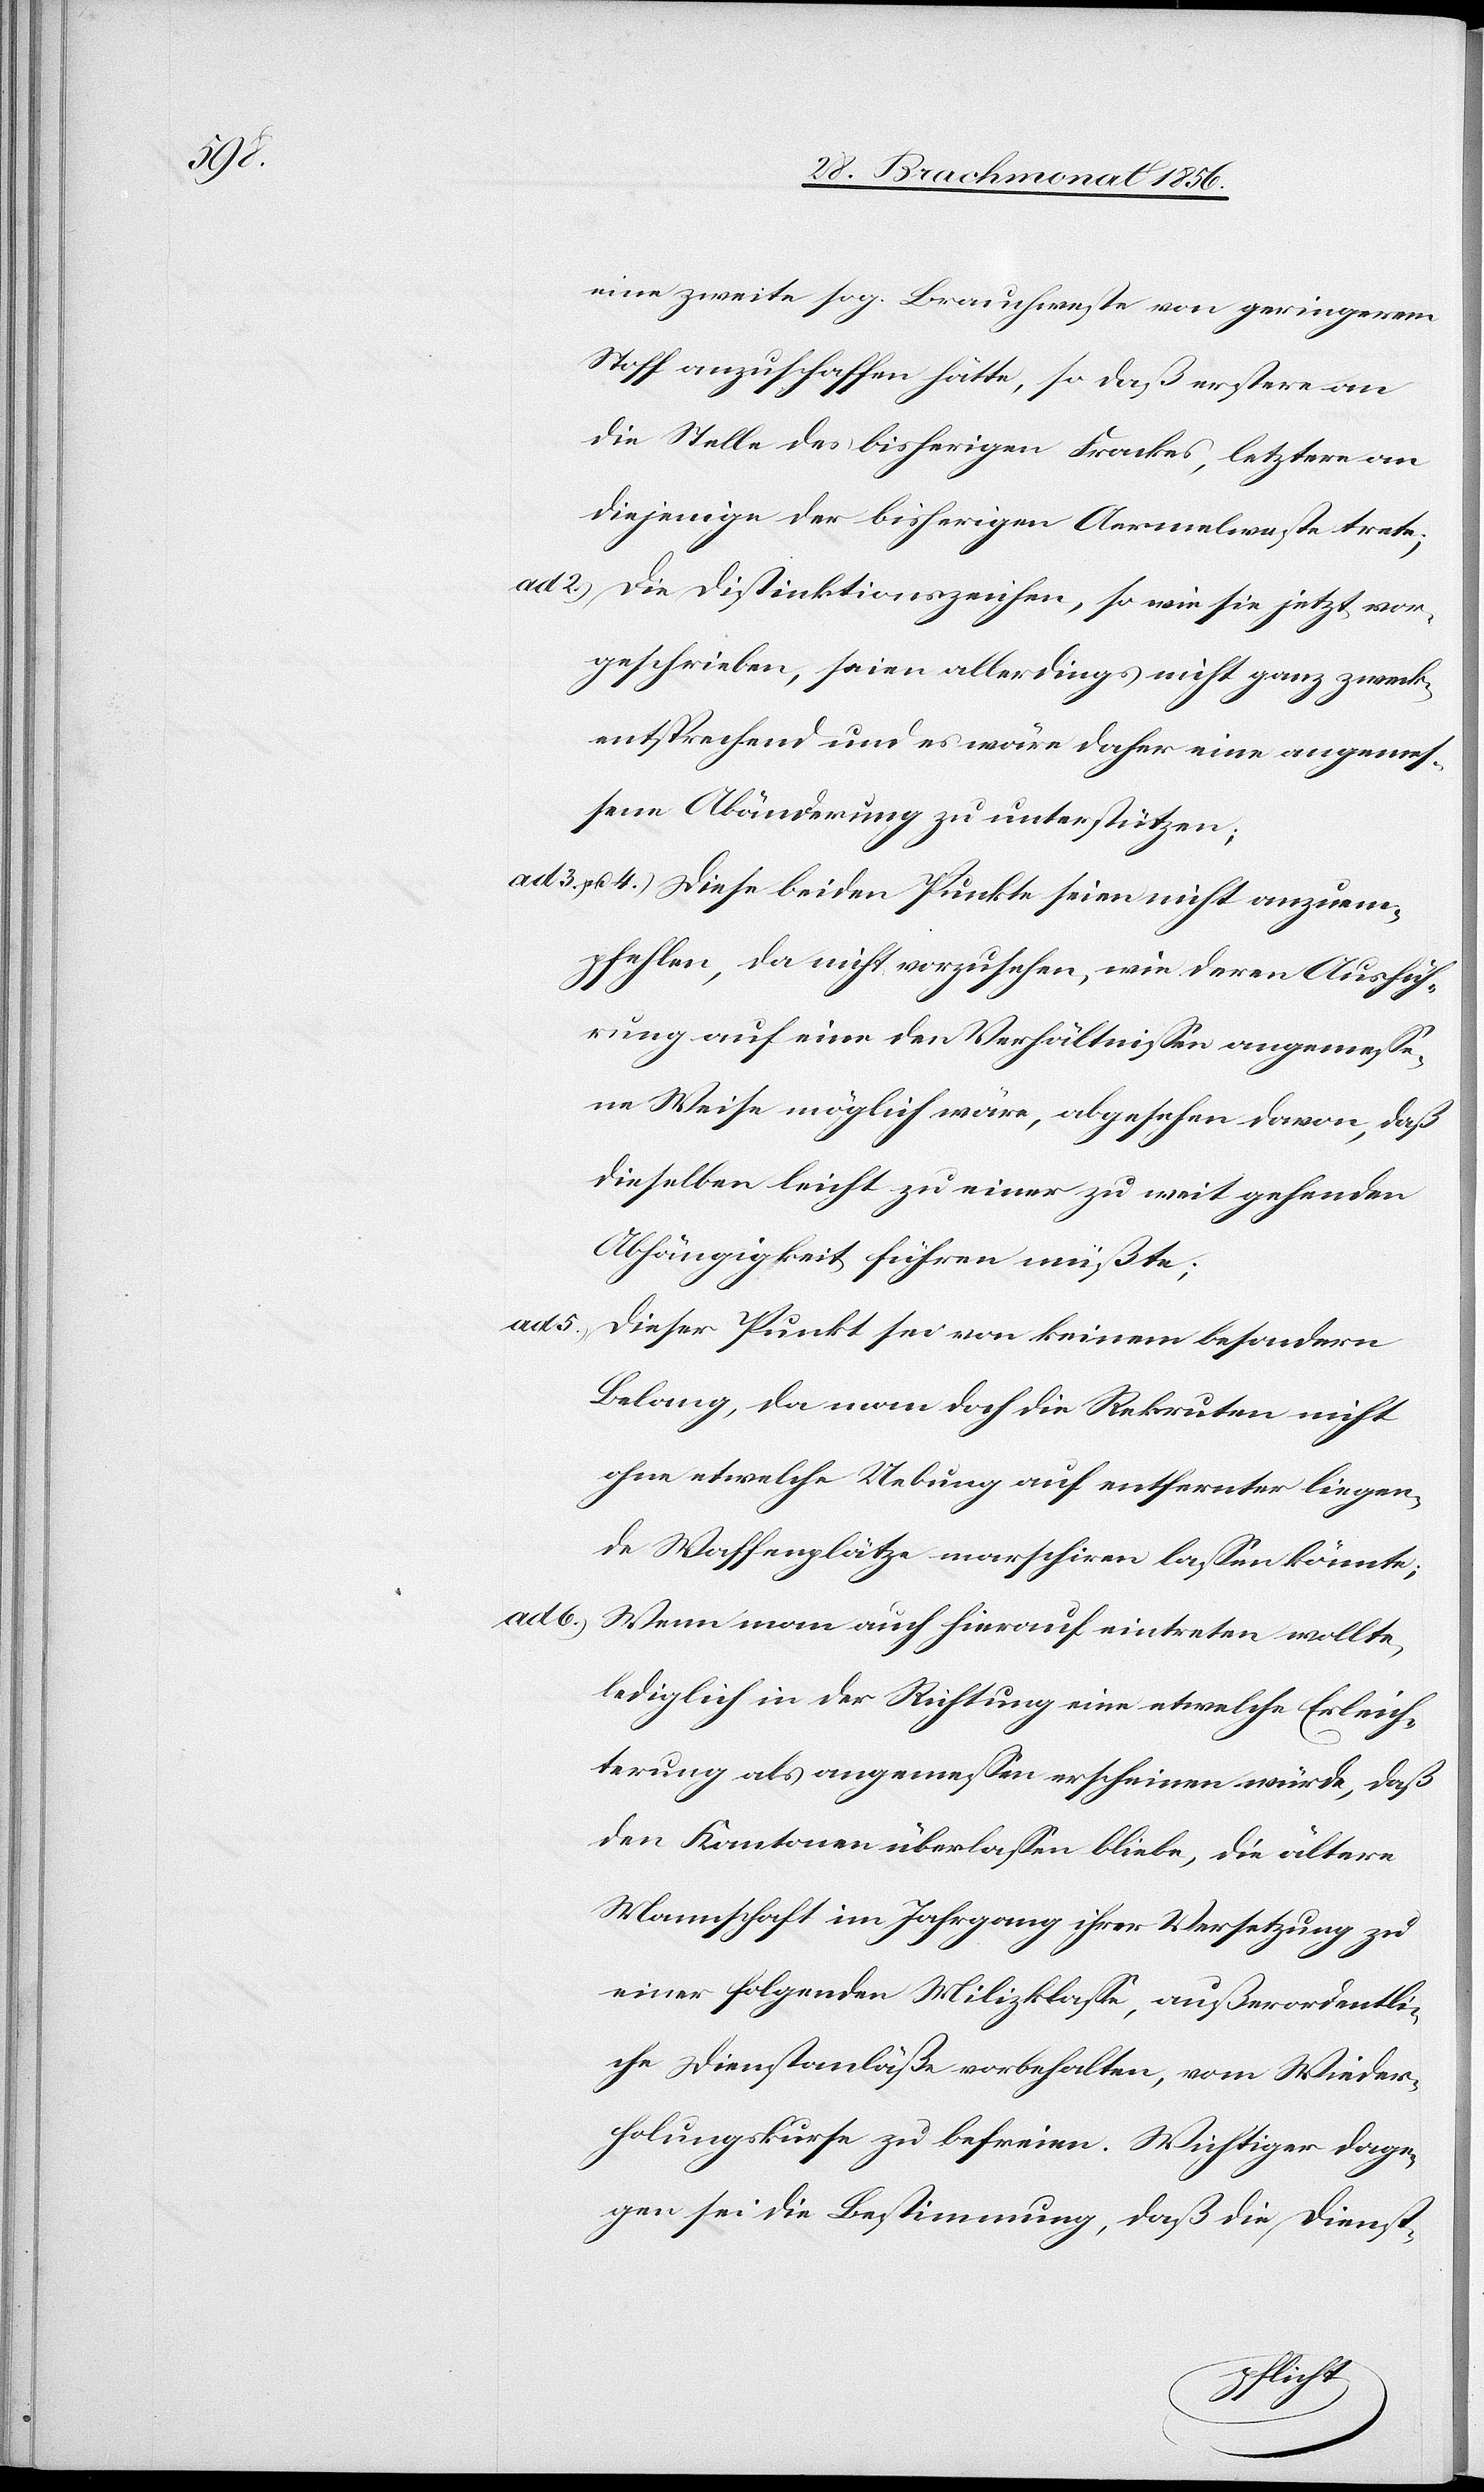
eine zweite sog. Brauchweste von geringerem
Stoff anzuschaffen hätte, so daß erstere an
die Stelle des bisherigen Frackes, letztere an
diejenige der bisherigen Aermelweste trete;
ad 2.) Die Distinktionszeichen, so wie sie jetzt vor¬
geschrieben, seien allerdings nicht ganz zweck¬
entsprechend und es wäre daher eine angemes¬
sene Abänderung zu unterstützen;
ad 3. u. 4.) Diese beiden Punkte seien nicht anzuem¬
pfehlen, da nicht vorzusehen, wie deren Ausfüh¬
rung auf eine den Verhältnissen angemesse¬
ne Weise möglich wäre, abgesehen davon, daß
dieselben leicht zu einer zu weit gehenden
Abhängigkeit führen müßte;
ad 5.) Dieser Punkt sei von keinem besondern
Belang, da man doch die Rekruten nicht
ohne etwelche Uebung auf entfernter liegen¬
de Waffenplätze marschiren lassen könnte;
ad 6.)
Wenn man auch hierauf eintreten wollte,
lediglich in der Richtung eine etwelche Erleich¬
terung als angemessen erscheinen würde, daß
den Kantonen überlassen bliebe, die ältere
Mannschaft im Jahrgang ihrer Versetzung zu
einer folgenden Milizklasse, außerordentli¬
che Dienstanläße vorbehalten, vom Wieder¬
holungskurse zu befreien. Wichtiger dage¬
gen sei die Bestimmung, daß die Dienst-